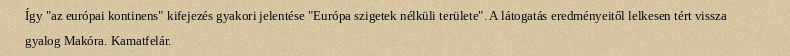
Így "az európai kontinens" kifejezés gyakori jelentése "Európa szigetek nélküli területe". A látogatás eredményeitől lelkesen tért vissza gyalog Makóra. Kamatfelár.